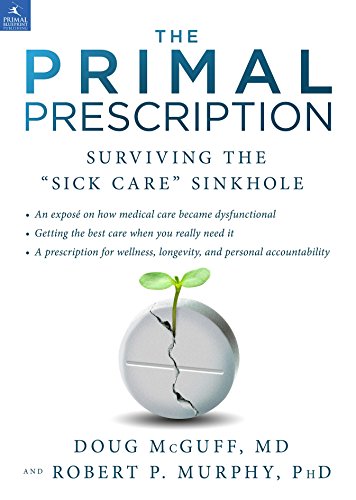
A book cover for The Primal Prescription: Surviving The "Sick Care" Sinkhole; Doug McGuff MD; Health, Fitness & Dieting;